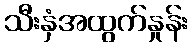
သီးနှံအထွက်နှုန်း